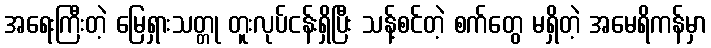
အရေးကြီးတဲ့ မြေရှားသတ္တု တူးလုပ်ငန်းရှိပြီး သန့်စင်တဲ့ စက်တွေ မရှိတဲ့ အမေရိကန်မှာ